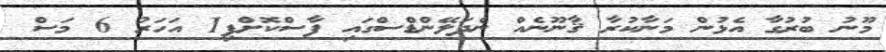
މޫނު ބުރުގާ އެޅުން މަނާކުރާ ޤާނޫނެއް ނެދަލޭންޑްސްގައި ފާސްކޮށްފި1 އަހަރު 6 މަސް